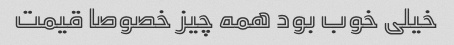
خیلی خوب بود همه چیز خصوصا قیمت